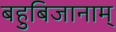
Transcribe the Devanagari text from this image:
बहुबिजानाम्